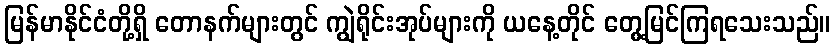
မြန်မာနိုင်ငံတို့ရှိ တောနက်များတွင် ကျွဲရိုင်းအုပ်များကို ယနေ့တိုင် တွေ့မြင်ကြရသေးသည်။